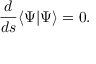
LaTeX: \frac { d } { d s } \langle \Psi | \Psi \rangle = 0 .